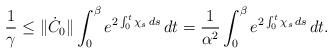
LaTeX: \begin{align*} \frac{1}{\gamma} \leq \|\dot C_0\| \int_{0}^{\beta} e^{2\int_0^t\chi_s\, ds} \, dt = \frac{1}{\alpha^2} \int_{0}^{\beta} e^{2\int_0^t\chi_s\, ds} \, dt.\end{align*}